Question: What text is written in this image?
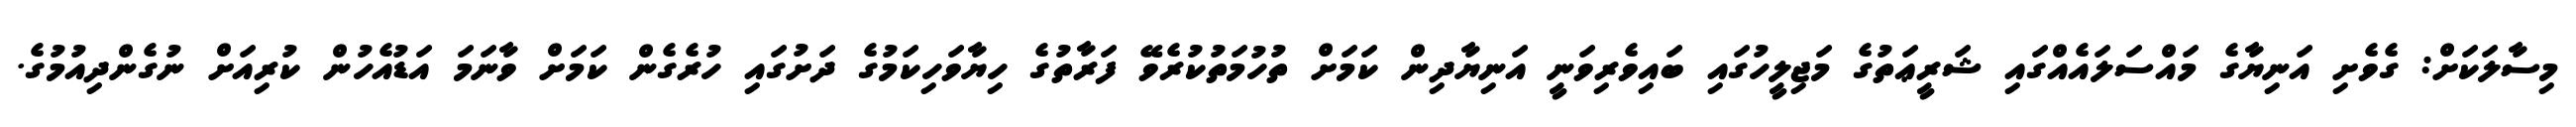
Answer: މިސާލަކަށް: ގެވެށި އަނިޔާގެ މައްސަލައެއްގައި ޝަރީޢަތުގެ މަޖިލީހުގައި ބައިވެރިވަނީ އަނިޔާދިން ކަމަށް ތުހުމަތުކުރެވޭ ފަރާތުގެ ހިޔާވަހިކަމުގެ ދަށުގައި ހުރެގެން ކަމަށް ވާނަމަ އަޑުއެހުން ކުރިއަށް ނުގެންދިއުމުގެ.